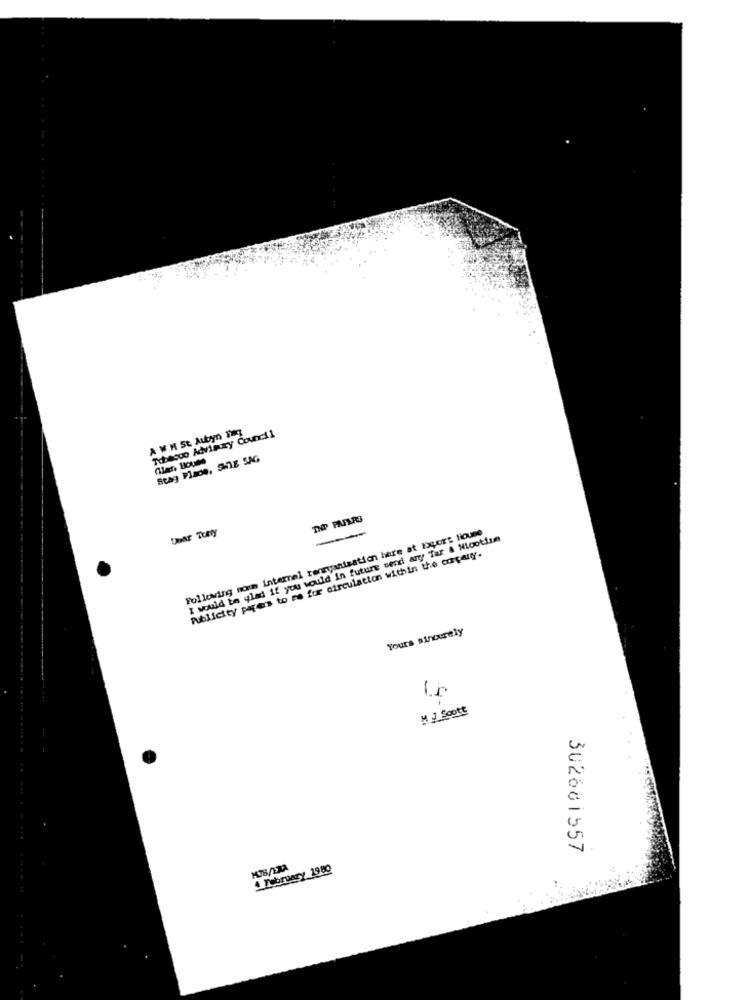
A M N St Aubyn 1
Tobacco Advisory Council
Stag Plade, SHIE SAG
INP PAFARE
Following norm internal rennyanisation here at basert liouse
I would te ylad if you would in future send any Tar & Nicotiun
Publicity pares to me for circulation within the corpanny.
Yours sincerely
M J Scott
302681557
4 February 1980